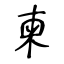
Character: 柬